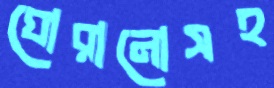
ঘোরানোসহ